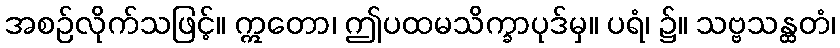
အစဉ်လိုက်သဖြင့်။ ဣတော၊ ဤပထမသိက္ခာပုဒ်မှ။ ပရံ၊ ၌။ သဗ္ဗသန္ထတံ၊